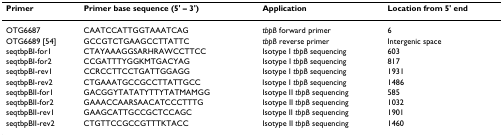
<table><thead><tr><td><b>Primer</b></td><td><b>Primer base sequence (5&#x27; – 3&#x27;)</b></td><td><b>Application</b></td><td><b>Location from 5&#x27; end</b></td></tr></thead><tbody><tr><td>OTG6687</td><td>CAATCCATTGGTAAATCAG</td><td><i>tbpB </i>forward primer</td><td>6</td></tr><tr><td>OTG6689 [54]</td><td>GCCGTCTGAAGCCTTATTC</td><td><i>tbpB </i>reverse primer</td><td>Intergenic space</td></tr><tr><td>seqtbpBI-for1</td><td>CTAYAAAGGSARHRAWCCTTCC</td><td>Isotype I <i>tbpB </i>sequencing</td><td>603</td></tr><tr><td>seqtbpBI-for2</td><td>CCGATTTYGGKMTGACYAG</td><td>Isotype I <i>tbpB </i>sequencing</td><td>817</td></tr><tr><td>seqtbpBI-rev1</td><td>CCRCCTTCCTGATTGGAGG</td><td>Isotype I <i>tbpB </i>sequencing</td><td>1931</td></tr><tr><td>seqtbpBI-rev2</td><td>CTGAAATGCCGCCTTATTGCC</td><td>Isotype I <i>tbpB </i>sequencing</td><td>1486</td></tr><tr><td>seqtbpBII-for1</td><td>GACGGYTATATYTTYTATMAMGG</td><td>Isotype II <i>tbpB </i>sequencing</td><td>585</td></tr><tr><td>seqtbpBII-for2</td><td>GAAACCAARSAACATCCCTTTG</td><td>Isotype II <i>tbpB </i>sequencing</td><td>1032</td></tr><tr><td>seqtbpBII-rev1</td><td>GAAGCATTGCCGCTCCAGC</td><td>Isotype II <i>tbpB </i>sequencing</td><td>1901</td></tr><tr><td>seqtbpBII-rev2</td><td>CTGTTCCGCCGTTTKTACC</td><td>Isotype II <i>tbpB </i>sequencing</td><td>1460</td></tr></tbody></table>